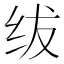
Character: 绂